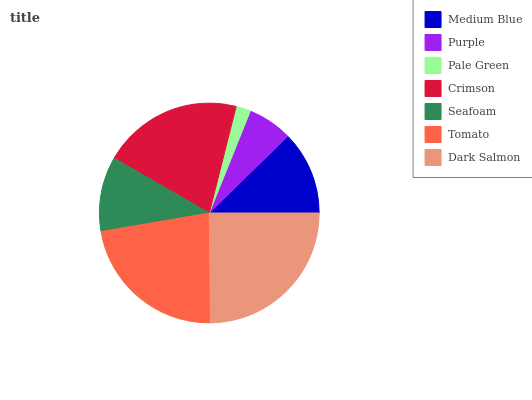
| Medium Blue | Purple | Pale Green | Crimson | Seafoam | Tomato | Dark Salmon |
 | --- | --- | --- | --- | --- | --- | --- |
 | 12.3% | 6.59% | 2.16% | 20.7% | 11% | 22.4% | 24.8% |